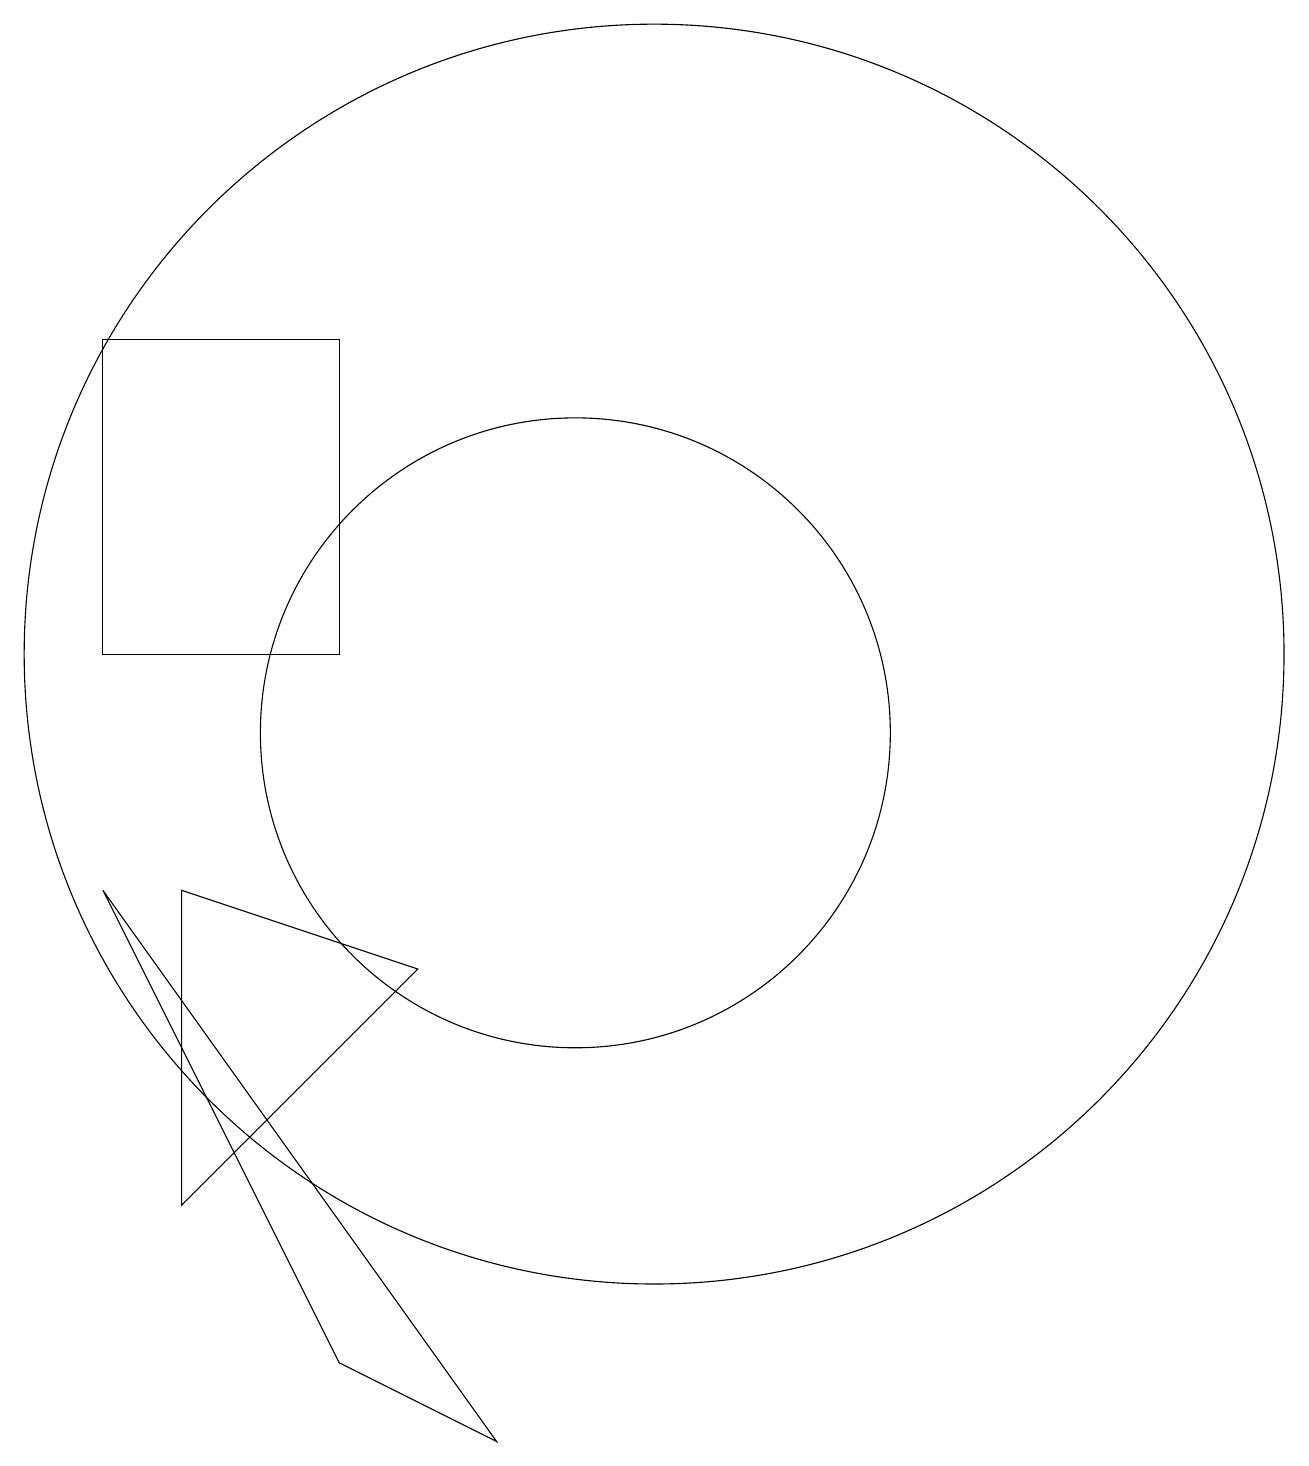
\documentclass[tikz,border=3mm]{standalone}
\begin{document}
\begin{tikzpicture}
\draw (4,16) rectangle (7,12);
\draw (8,8) -- (5,5) -- (5,9) -- cycle;
\draw (10,11) circle (4);
\draw (4,9) -- (7,3) -- (9,2) -- cycle;
\draw (12,11) circle (0);
\draw (11,12) circle (8);
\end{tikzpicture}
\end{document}